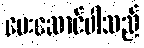
ပေးဆောင်ပါသည်